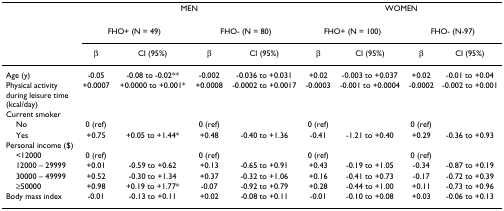
|  | <COLSPAN=4> MEN | <COLSPAN=4> WOMEN |
 |  | <COLSPAN=2> FHO+ (N = 49) | <COLSPAN=2> FHO- (N = 80) | <COLSPAN=2> FHO+ (N = 100) | <COLSPAN=2> FHO- (N-97) |
 |  | β | CI (95%) | β | CI (95%) | β | CI (95%) | β | CI (95%) |
 | --- | --- | --- | --- | --- | --- | --- | --- | --- |
 | Age (y) | -0.05 | -0.08 to -0.02** | -0.002 | -0.036 to +0.031 | +0.02 | -0.003 to +0.037 | +0.02 | -0.01 to +0.04 |
 | Physical activity during leisure time (kcal/day) | +0.0007 | +0.0000 to +0.001* | +0.0008 | -0.0002 to +0.0017 | -0.0003 | -0.001 to +0.0004 | -0.0002 | -0.002 to +0.001 |
 | Current smoker |  |  |  |  |  |  |  |  |
 | No | 0 (ref) |  | 0 (ref) |  | 0 (ref) |  | 0 (ref) |  |
 | Yes | +0.75 | +0.05 to +1.44* | +0.48 | -0.40 to +1.36 | -0.41 | -1.21 to +0.40 | +0.29 | -0.36 to +0.93 |
 | Personal income ($) |  |  |  |  |  |  |  |  |
 | <12000 | 0 (ref) |  | 0 (ref) |  | 0 (ref) |  | 0 (ref) |  |
 | 12000 – 29999 | +0.01 | -0.59 to +0.62 | +0.13 | -0.65 to +0.91 | +0.43 | -0.19 to +1.05 | -0.34 | -0.87 to +0.19 |
 | 30000 – 49999 | +0.52 | -0.30 to +1.34 | +0.37 | -0.32 to +1.06 | +0.16 | -0.41 to +0.73 | -0.17 | -0.72 to +0.39 |
 | ≥50000 | +0.98 | +0.19 to +1.77* | -0.07 | -0.92 to +0.79 | +0.28 | -0.44 to +1.00 | +0.11 | -0.73 to +0.96 |
 | Body mass index | -0.01 | -0.13 to +0.11 | +0.02 | -0.08 to +0.11 | -0.01 | -0.10 to +0.08 | +0.03 | -0.06 to +0.13 |